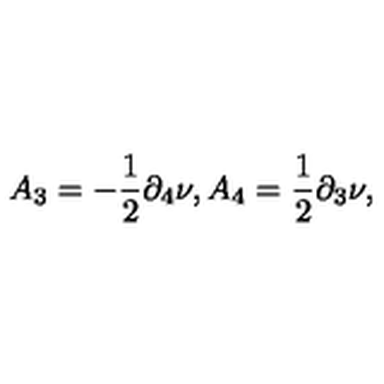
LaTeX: A _ { 3 } = - { \frac { 1 } { 2 } } \partial _ { 4 } \nu , A _ { 4 } = { \frac { 1 } { 2 } } \partial _ { 3 } \nu ,